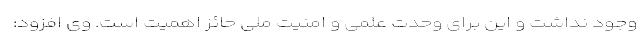
وجود نداشت و این برای وحدت علمی و امنیت ملی حائز اهمیت است. وی افزود: